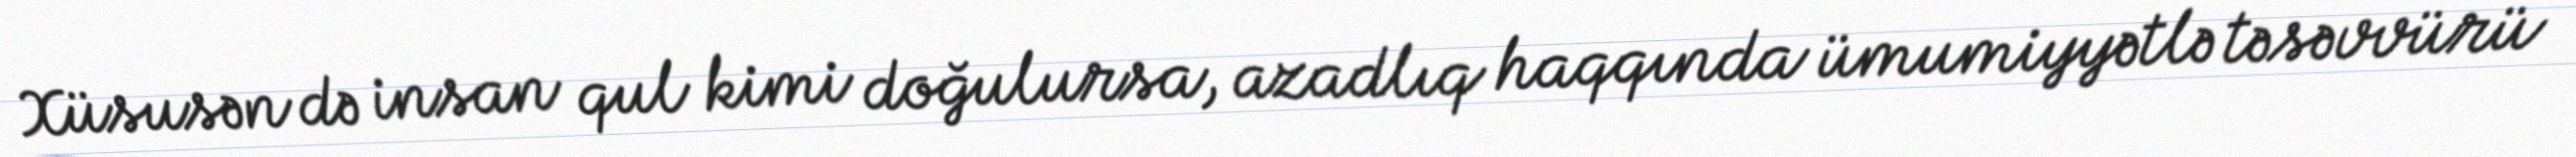
Xüsusən də insan qul kimi doğulursa, azadlıq haqqında ümumiyyətlə təsəvvürü